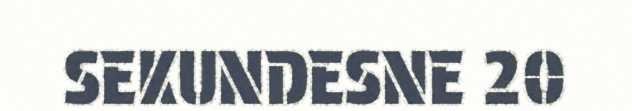
SEKUNDESNE 20